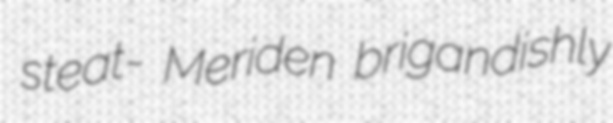
steat- Meriden brigandishly